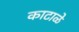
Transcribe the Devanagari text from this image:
काटाळे